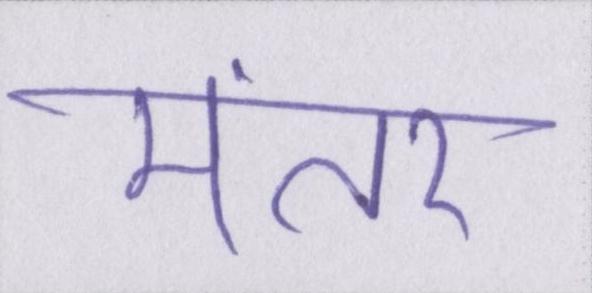
मंतर